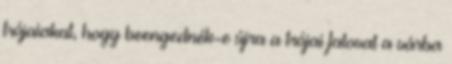
trójaiakat, hogy beengednék-e újra a trójai falovat a várba